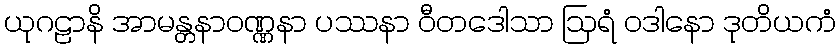
ယုဂဠာနိ အာမန္တနာဝဏ္ဏနာ ပဿနာ ဝီတဒေါသာ ဩရံ ဝဒါနော ဒုတိယကံ